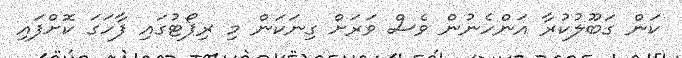
ކަން ގަބޫލުކުރާ އަންހެނުން ވެސް ވަރަށް ގިނަކަން މި ރިޕޯޓުގައި ފާހަގަ ކޮށްފައި